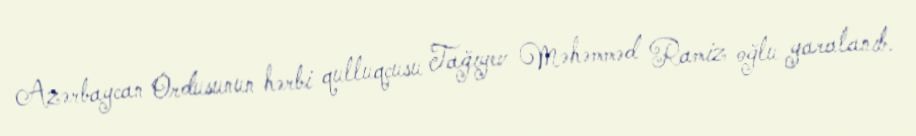
Azərbaycan Ordusunun hərbi qulluqçusu Tağıyev Məhəmməd Ramiz oğlu yaralanıb.